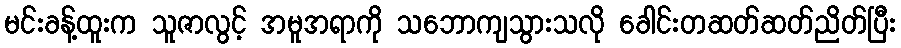
မင်းခန့်ထူးက သူဇာလွင့် အမူအရာကို သဘောကျသွားသလို ခေါင်းတဆတ်ဆတ်ညိတ်ပြီး